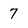
Character: 7